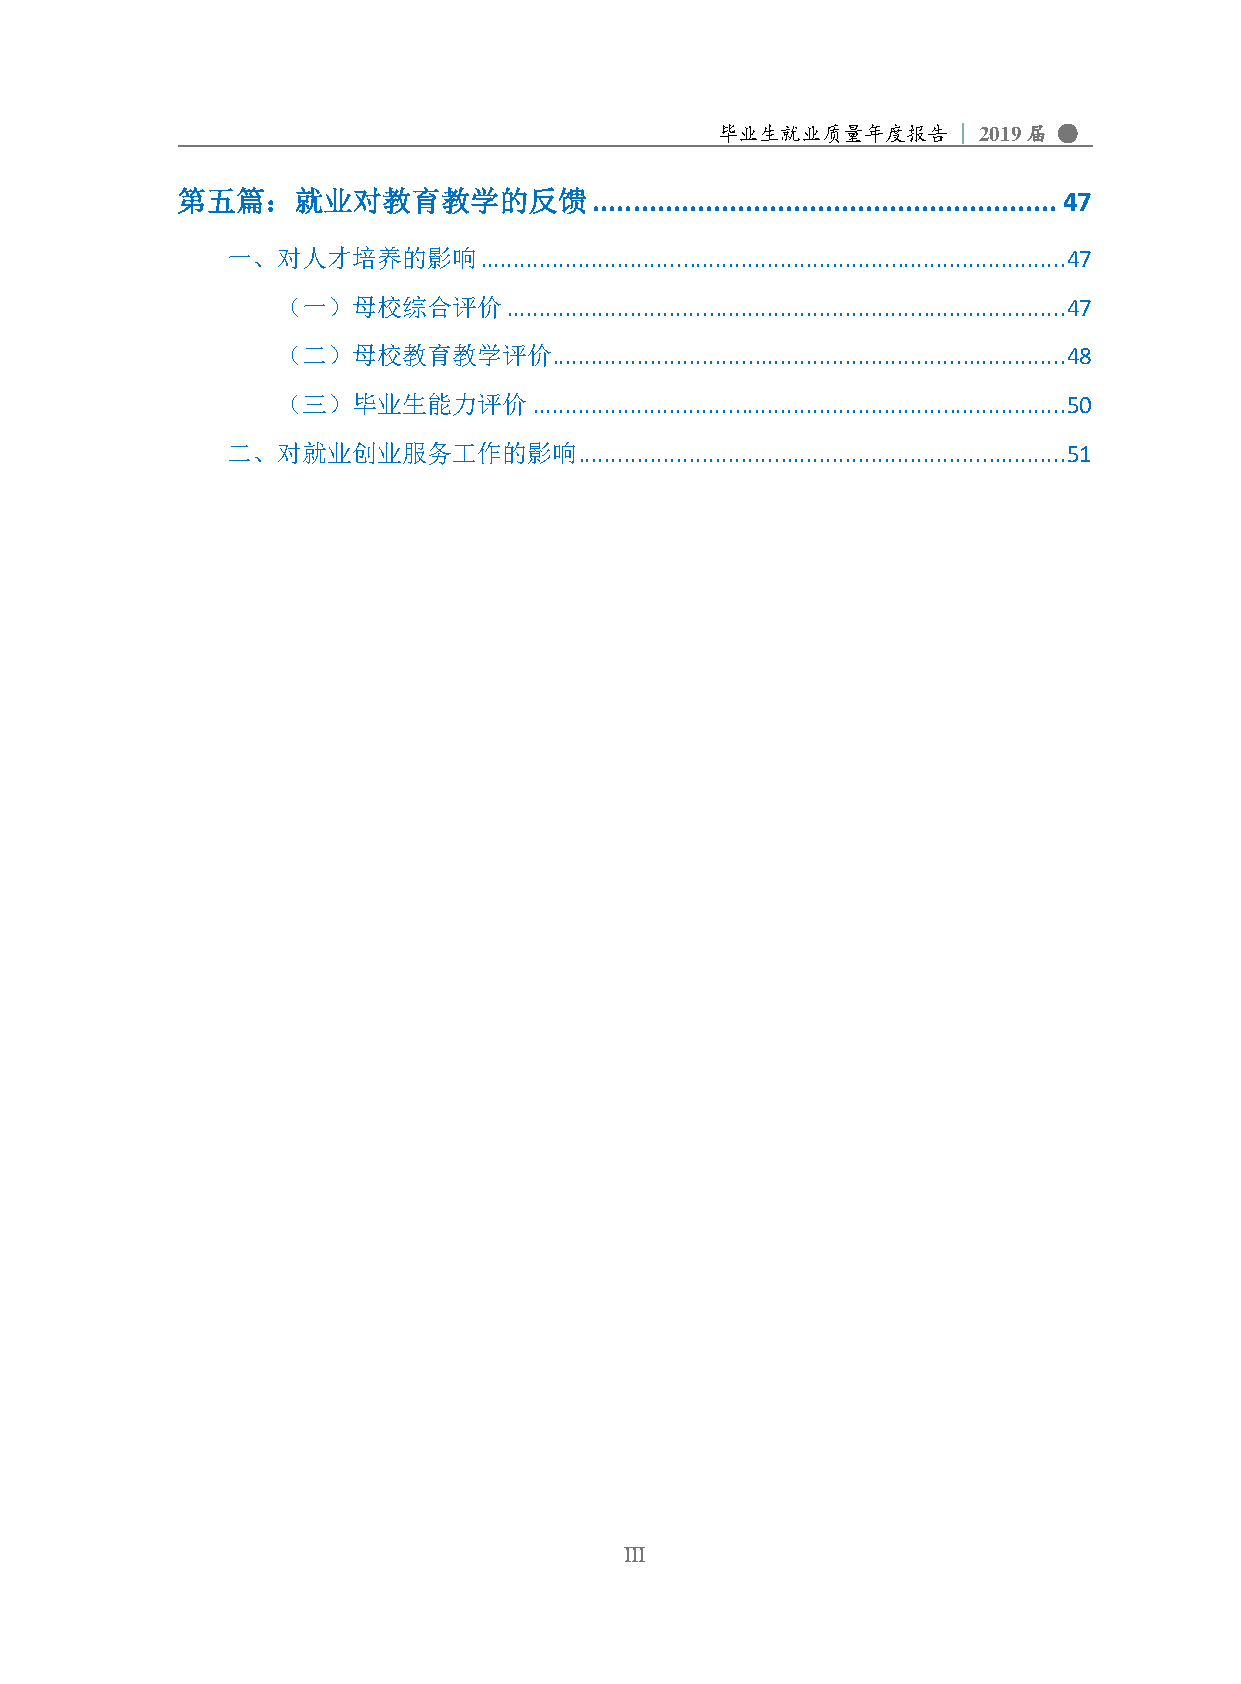
毕业生就业质量年度报告    | 2019届 ●
 第五篇：就业对教育教学的反馈             .......................................................... 47
 一、对人才培养的影响       ..........................................................................................47
 （一）母校综合评价       ......................................................................................47
 （二）母校教育教学评价        ...............................................................................48
 （三）毕业生能力评价       ..................................................................................50
 二、对就业创业服务工作的影响         ...........................................................................51
 III